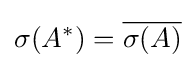
\sigma (A^{*})={\overline {\sigma (A)}}